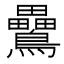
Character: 䴎